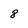
Character: 8